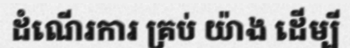
ដំណើរការ គ្រប់ យ៉ាង ដើម្បី